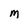
Character: M